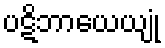
ပဋိဘာယေယျုံ